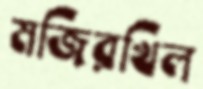
মজিরখিল